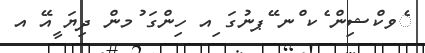
ެވކްޝިން ެކ ްނ ޭޕނުގަ ިއ ހިންގަ ުމން ދިޔަ ީއޭ އ